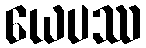
ယေပဿ